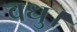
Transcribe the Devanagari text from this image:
वधु।